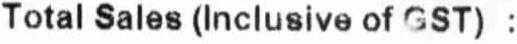
TOTAL SALES (INCLUSIVE OF GST) :